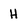
Character: H